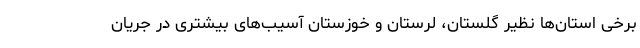
برخی استان‌ها نظیر گلستان، لرستان و خوزستان آسیب‌های بیشتری در جریان